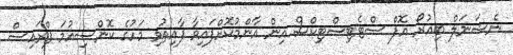
ނެޝަނަލް ބިއުރޯ އޮފް ސްޓެޓިސްޓިކްސް އިން އާންމުކޮށްފައިވާ ފާއިތުވި މަހުގެ ކޮންސިއުމަ ޕްރައިސް